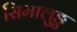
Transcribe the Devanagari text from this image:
सिमालुङु